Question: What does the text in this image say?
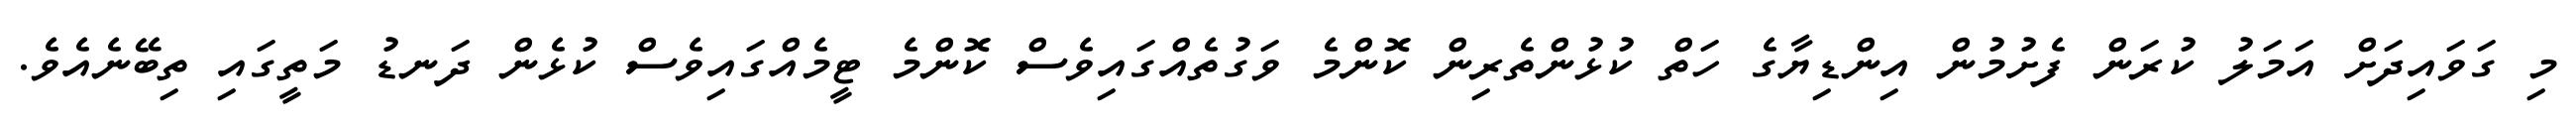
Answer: މި ގަވައިދަށް އަމަލު ކުރަން ފެށުމުން އިންޑިޔާގެ ހަތް ކުޅުންތެރިން ކޮންމެ ވަގުތެއްގައިވެސް ކޮންމެ ޓީމެއްގައިވެސް ކުޅެން ދަނޑު މަތީގައި ތިބޭނެއެވެ.